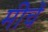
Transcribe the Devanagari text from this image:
मीचें